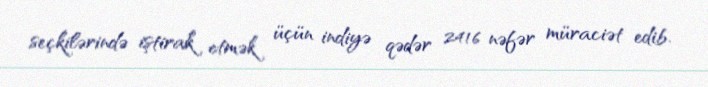
seçkilərində iştirak etmək üçün indiyə qədər 2416 nəfər müraciət edib.